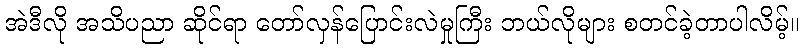
အဲဒီလို အသိပညာ ဆိုင်ရာ တော်လှန်ပြောင်းလဲမှုကြီး ဘယ်လိုများ စတင်ခဲ့တာပါလိမ့်။